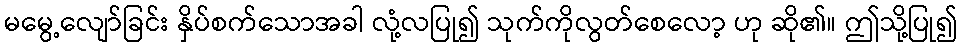
မမွေ့လျော်ခြင်း နှိပ်စက်သောအခါ လုံ့လပြု၍ သုက်ကိုလွတ်စေလော့ ဟု ဆို၏။ ဤသို့ပြု၍